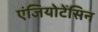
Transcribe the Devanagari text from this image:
एंजियोटेंसिन